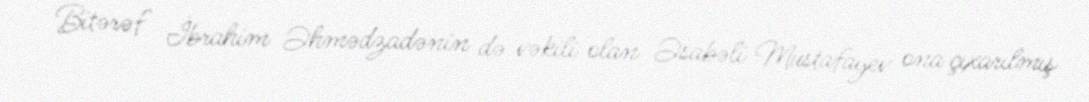
Bitərəf İbrahim Əhmədzadənin də vəkili olan Əsabəli Mustafayev ona çıxarılmış